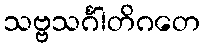
သဗ္ဗသင်္ဂါတိဂတေ